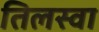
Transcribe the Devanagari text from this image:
तिलस्वा